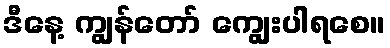
ဒီနေ့ ကျွန်တော် ကျွေးပါရစေ။